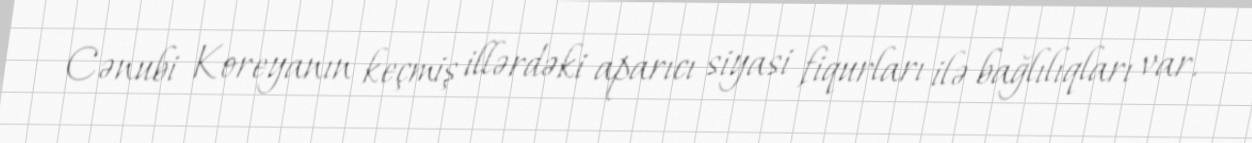
Cənubi Koreyanın keçmiş illərdəki aparıcı siyasi fiqurları ilə bağlılıqları var.